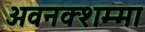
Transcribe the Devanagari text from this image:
अवनक्शम्मा